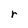
Character: r